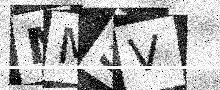
Text: MM5V